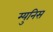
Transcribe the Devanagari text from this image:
म्युनिस